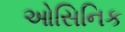
ઓસિનિક